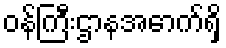
ဝန်ကြီးဌာနအောက်ရှိ